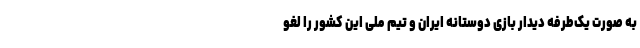
به صورت یک‌طرفه دیدار بازی دوستانه ایران و تیم ملی این کشور را لغو